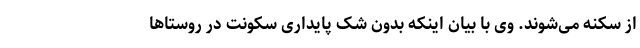
از سکنه می‌شوند. وی با بیان اینکه بدون شک پایداری سکونت در روستاها